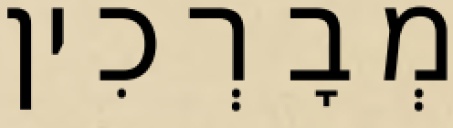
מְבָרְכִין